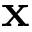
\mathbf { x \global \edef \theboldgroup { \the \mathgroup } }